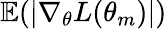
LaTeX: \mathbb{E}(|\nabla_{\theta}L(\theta_{m})|)